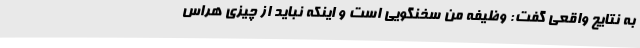
به نتایج واقعی گفت: وظیفه من سخنگویی است و اینکه نباید از چیزی هراس